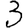
Digit: 3